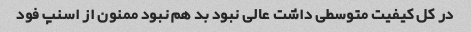
در کل کیفیت متوسطی داشت عالی نبود بد هم نبود ممنون از اسنپ فود